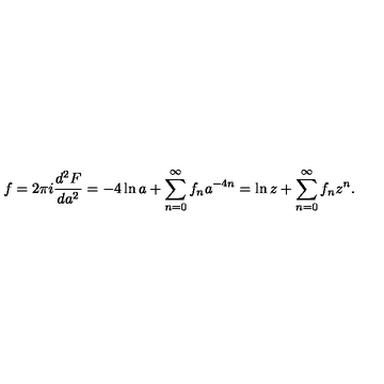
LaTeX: f = 2 \pi i \frac { d ^ { 2 } F } { d a ^ { 2 } } = - 4 \ln a + \sum _ { n = 0 } ^ { \infty } f _ { n } a ^ { - 4 n } = \ln z + \sum _ { n = 0 } ^ { \infty } f _ { n } z ^ { n } .